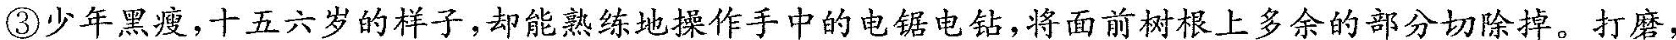
③少年黑瘦，十五六岁的样子，却能熟练地操作手中的电锯电钻，将面前树根上多余的部分切除掉。打磨，